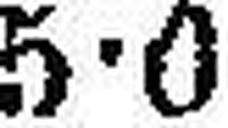
5•0